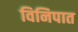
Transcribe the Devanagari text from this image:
विनिपात